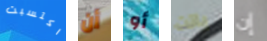
اكتسبت أن أو باتت إن